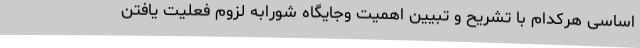
اساسی هرکدام با تشریح و تبیین اهمیت وجایگاه شورابه لزوم فعلیت یافتن